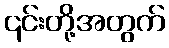
၎င်းတို့အတွက်